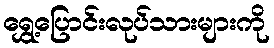
ရွှေ့ပြောင်းလုပ်သားများကို